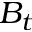
B _ { t }